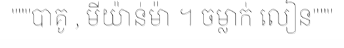
"""បាគូ , មីយ៉ាន់ម៉ា ។ ចម្លាក់ លៀន"""